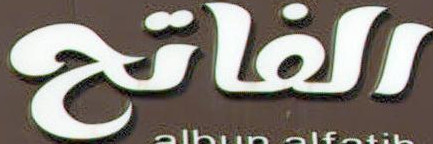
الفاتح